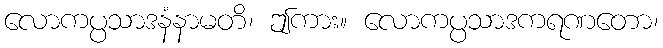
လောကပ္ပသာဒနံနာမတိ၊ ဤကား။ လောကပ္ပသာဒကရဏတော၊